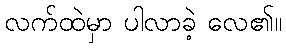
လက်ထဲမှာ ပါလာခဲ့ လေ၏။